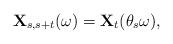
LaTeX: \begin{align*}\mathbf{X}_{s, s + t}(\omega) = \mathbf{X}_{t}(\theta_s\omega),\end{align*}